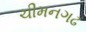
ચીમનગઢ